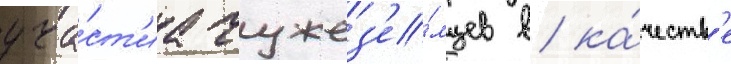
уча́ст'иа чужез'е́мцев в ка́честв'е